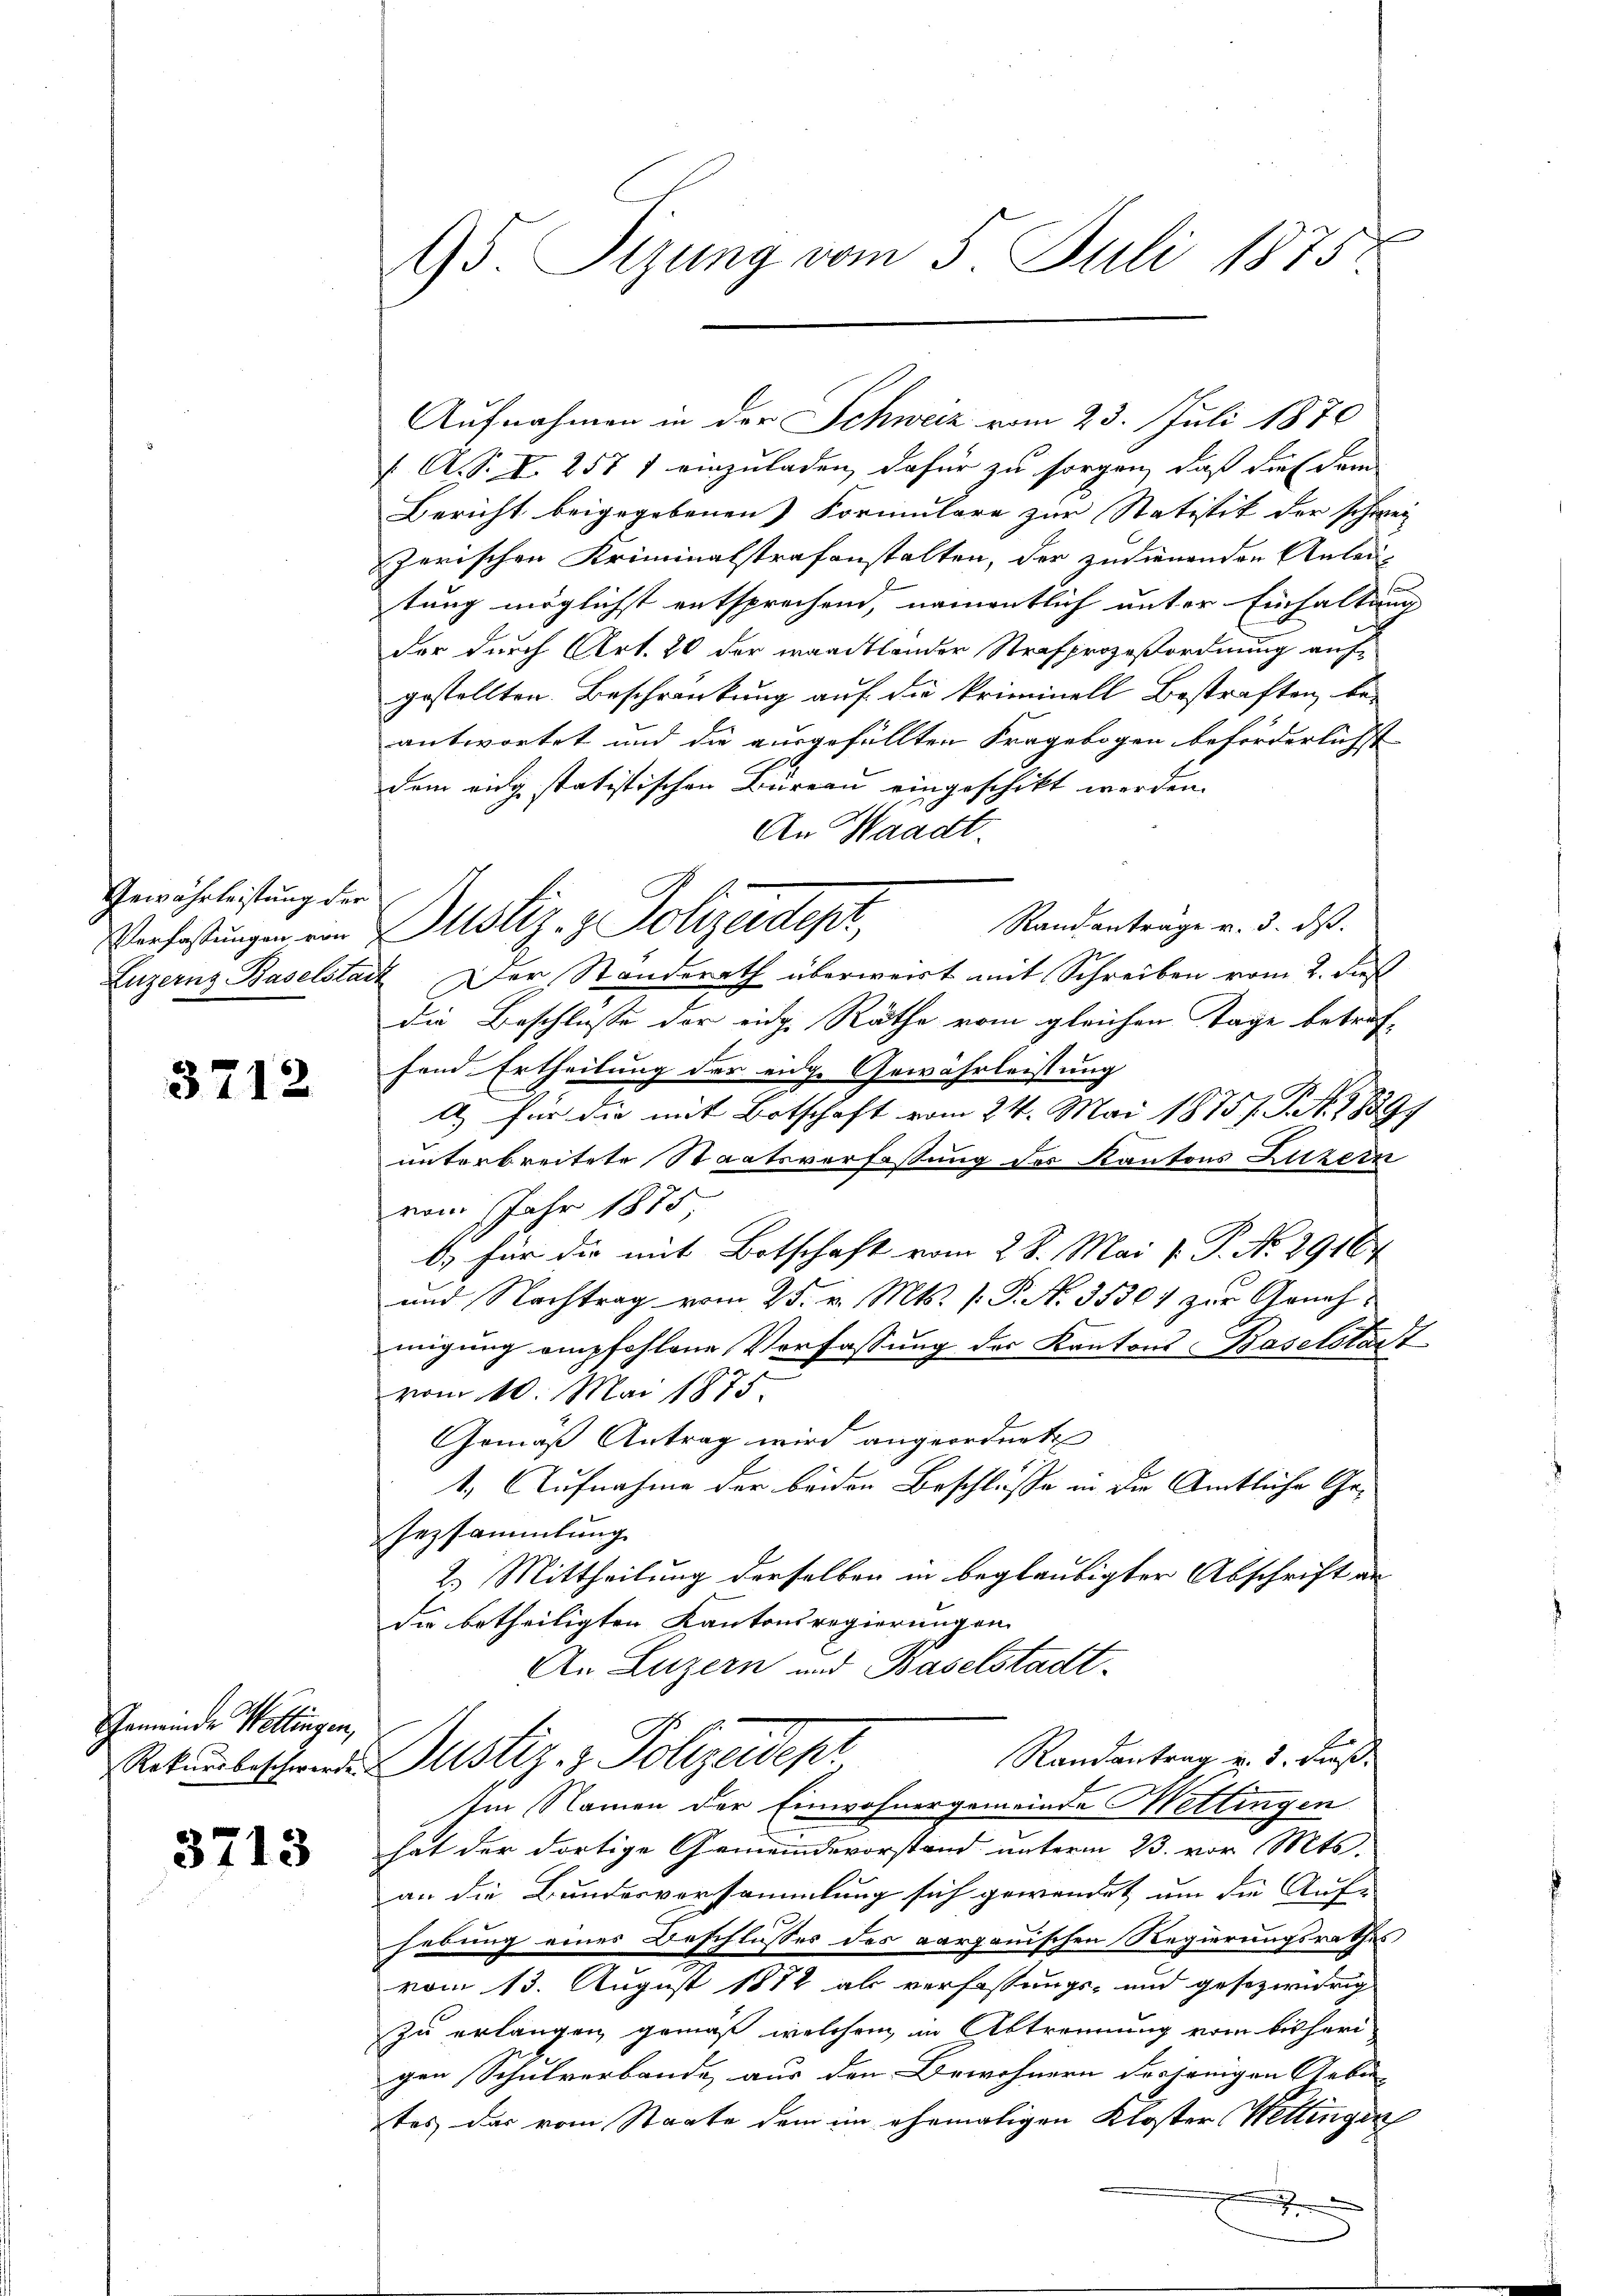
Gewährleistung der
Verfassungen von
Luzernz Baselstan

3712

Gemeinde Wollingen,
Rekursbeschwerden

3713

95. Sizung vom 5. Juli 1875.

Aufnahmen in der Schweiz vom 23. Juli 1870
 A.S. I 257 1 einzuladen, dafür zu sorgen, daß die dem
Bericht beigegebenen Formulare zur Statistik der schwer
zerischen Kriminalstrafanstalten, der zudienenden Anlau-
tung möglichst entsprechend, namentlich unter Einhaltung
der durch Art. 20 der waadtlander Strafprozeßordnung aufgestellten. Beschränkung auf die Priminell Bestraften be-
antwortet und die ausgefüllten Fragebogen beförderlichst |
dem eidg statistischen Büreau eingeschickt werden.
An Waadt.
Randanträge v. 3. ds.
X. Der Standerath überweist mit Schreiben vom 2. dies
die Beschlusse der eidg. Räthe vom gleichen Tage betreffand. Ertheilung der eige Gewährleistung
a) für die mit Botschaft vom 24. Mai 1875. J. A. 1839
unterbreitete Staatsverfassung des Kantons Luzern
vom Jahr 1875,
b.) für die mit Botschaft vom 28. Mai v. P. No. 29164
und Nachtrag vom 25. v. Mts. (T. N. 35304 zur Genehmigung empfohlene Verfassung der Kantons Baselstadt
vom 10. Mai 1875.
Gemäß Antrag wird angeordnete
1. Aufnahme der beiden Beschlüsse in die Amtliche Ge¬
Gezsammlung
2. Mittheilung derselben in beglaubigter Abschrift an
Sie betheiligten Kantonsregierungen
An Luzern und Baselstadt¬
Randantrag v. 5. Fuß.
Justiz- & Polizeident
Im Namen der Einwohnergemeinde Mettingen
hat der dortige Gemeindevorstand unterm 23. vor. Mts.
an die Bundesversammlung sich gewendet um die Aufhebung eines Beschlusses des aargauischen Regierungsrathes
vom 13. August 1872 als verfassungs- und gesezwidrig
zu erlangen gemäß welchem in Abtrennung vom bisheri
gen Schulverbande aus den Bewohnern derjenigen Gebir- |
tes, das vom Staate dem im ehemaligen Kloster Wettingen

¬

Justiz- & Polizeitert,